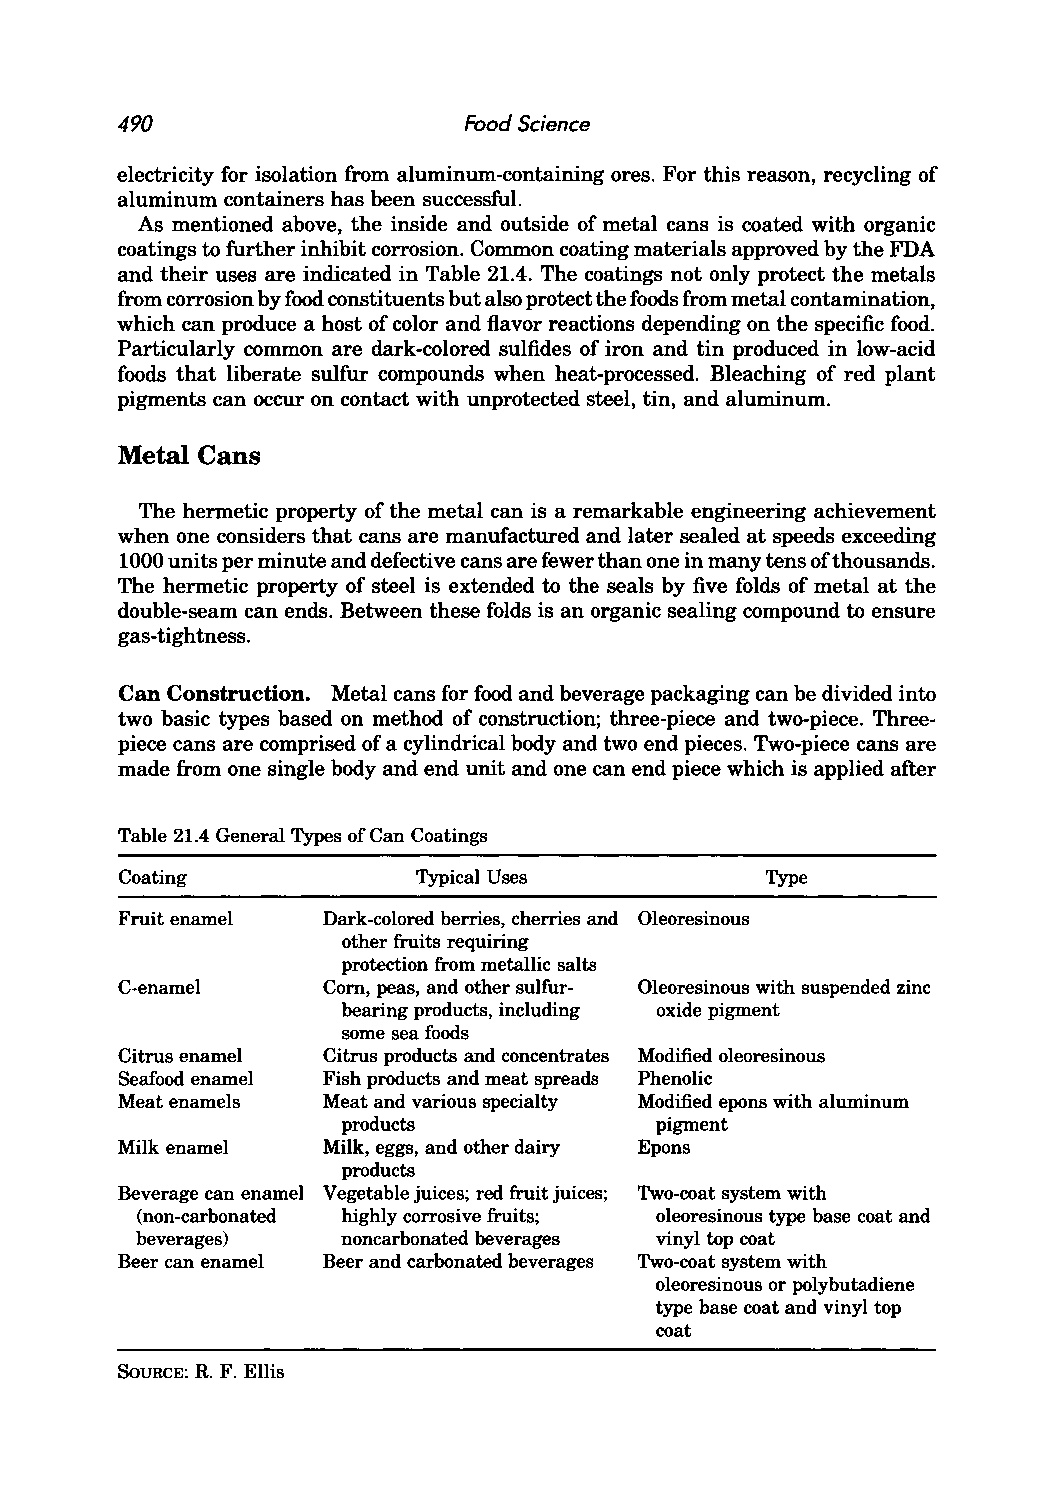
490                    Food Science
 electricity for isolation from aluminum-containing ores. For this reason, recycling of
 aluminum containers has been successful.
 As mentioned above, the inside and outside of metal cans is coated with organic
 coatings to further inhibit corrosion. Common coating materials approved by the FDA
 and their uses are indicated in Table 21.4. The coatings not only protect the metals
 from corrosion by food constituents but also protect the foods from metal contamination,
 which can produce a host of color and flavor reactions depending on the specific food.
 Particularly common are dark-colored sulfides of iron and tin produced in low-acid
 foods that liberate sulfur compounds when heat-processed. Bleaching of red plant
 pigments can occur on contact with unprotected steel, tin, and aluminum.
 Metal Cans
 The hermetic property of the metal can is a remarkable engineering achievement
 when one considers that cans are manufactured and later sealed at speeds exceeding
 1000 units per minute and defective cans are fewer than one in many tens ofthousands.
 The hermetic property of steel is extended to the seals by five folds of metal at the
 double-seam can ends. Between these folds is an organic sealing compound to ensure
 gas-tightness.
 Can Construction. Metal cans for food and beverage packaging can be divided into
 two basic types based on method of construction; three-piece and two-piece. Three
 piece cans are comprised of a cylindrical body and two end pieces. Two-piece cans are
 made from one single body and end unit and one can end piece which is applied after
 Table 21.4 General Types of Can Coatings
 Coating             Typical Uses           Type
 Fruit enamel Dark-colored berries, cherries and Oleoresinous
 other fruits requiring
 protection from metallic salts
 C-enamel     Corn, peas, and other sulfur Oleoresinous with suspended zinc
 bearing products, including oxide pigment
 some sea foods
 Citrus enamel Citrus products and concentrates Modified oleoresinous
 Seafood enamel Fish products and meat spreads Phenolic
 Meat enamels Meat and various specialty Modified epons with aluminum
 products            pigment
 Milk enamel  Milk, eggs, and other dairy Epons
 products
 Beverage can enamel Vegetable juices; red fruit juices; Two-coat system with
 (non-carbonated highly corrosive fruits; oleoresinous type base coat and
 beverages)    noncarbonated beverages vinyl top coat
 Beer can enamel Beer and carbonated beverages Two-coat system with
 oleoresinous or polybutadiene
 type base coat and vinyl top
 coat
 SOURCE: R. F. Ellis